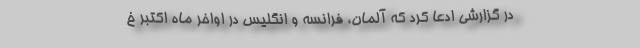
در گزارشی ادعا کرد که آلمان، فرانسه و انگلیس در اواخر ماه اکتبر خ